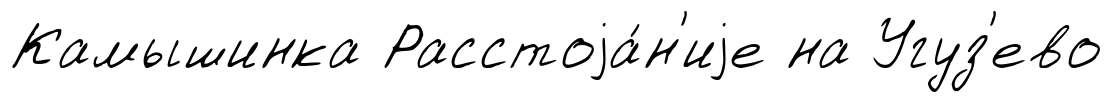
Камышинка Расстоjа́н'иjе на Угуз'ево